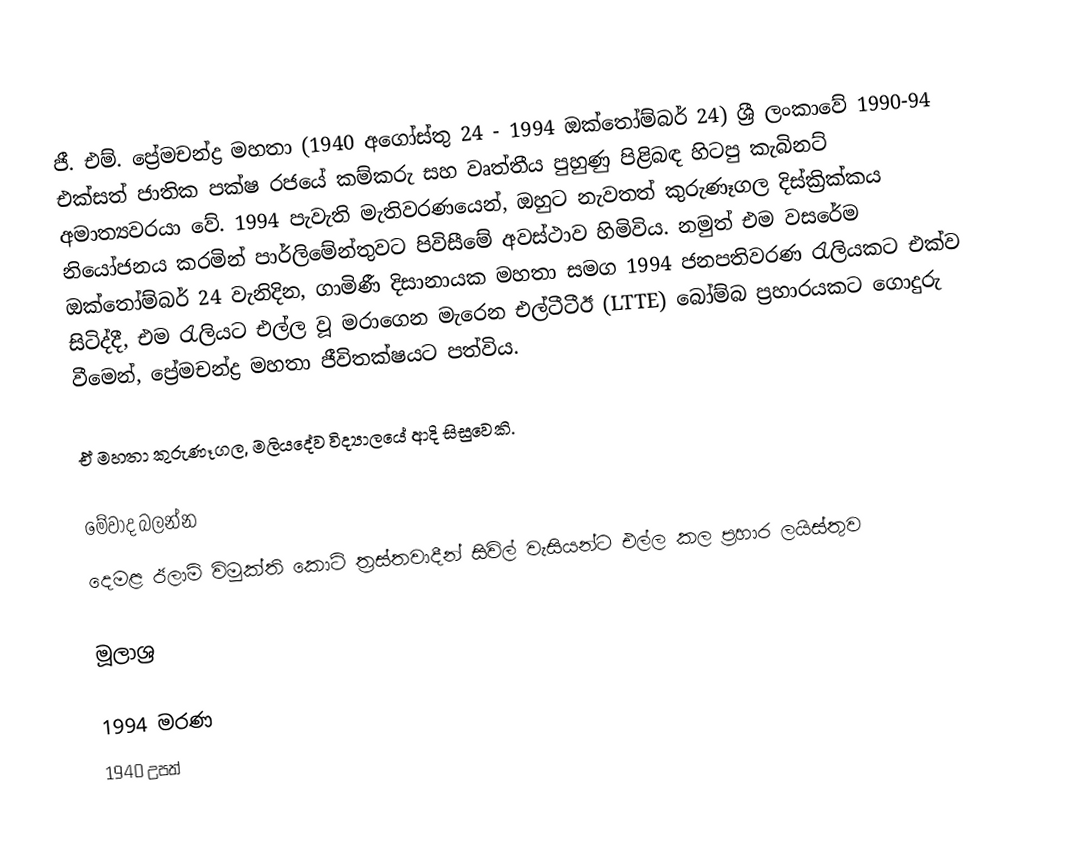
ජී. එම්. ප්‍රේමචන්ද්‍ර මහතා (1940 අගෝස්තු 24 - 1994 ඔක්තෝම්බර් 24) ශ්‍රී ලංකාවේ 1990-94 එක්සත් ජාතික පක්ෂ රජයේ කම්කරු සහ වෘත්තීය පුහුණු පිළිබඳ හිටපු කැබිනට් අමාත්‍යවරයා වේ. 1994 පැවැති   මැතිවරණයෙන්, ඔහුට නැවතත් කුරුණෑගල දිස්ක්‍රික්කය නියෝජනය කරමින් පාර්ලිමේන්තුවට පිවිසීමේ අවස්ථාව හිමිවිය. නමුත් එම වසරේම ඔක්තෝම්බර් 24 වැනිදින, ගාමිණී දිසානායක මහතා සමග 1994 ජනපතිවරණ රැලියකට එක්ව සිටිද්දී, එම රැලියට එල්ල වූ මරාගෙන මැරෙන එල්ටීටීඊ (LTTE) බෝම්බ ප්‍රහාරයකට ගොදුරු වීමෙන්, ප්‍රේමචන්ද්‍ර මහතා ජීවිතක්ෂයට පත්විය.

ඒ මහතා කුරුණෑගල, මලියදේව විද්‍යාලයේ ආදි සිසුවෙකි.

මේවාද බලන්න
 දෙමළ ඊලාම් විමුක්ති කොටි ත්‍රස්තවාදීන් සිවිල් වැසියන්ට එල්ල කල ප්‍රහාර ලයිස්තුව

මූලාශ්‍ර

1994 මරණ
1940 උපත්